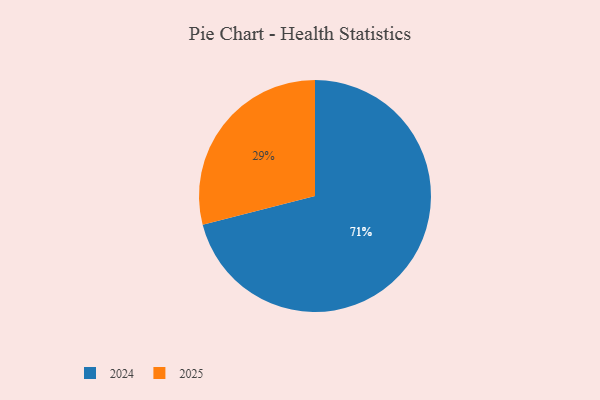
{"axis": {"x": "Category", "y": "Percentage"}, "legend": ["2024", "2025"], "data": [{"x": "2025", "y": 29, "type": "2025"}, {"x": "2024", "y": 71, "type": "2024"}]}